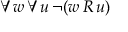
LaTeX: \forall w \, \forall u \, \neg ( w \, R \, u )